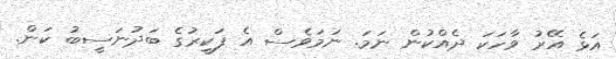
އަޅެ އޭރު ވާހަކަ ދެއްކުން ނަމަ. ނަމަވެސް އެ ފަކީރުގެ ބަދުނަސީބު ކަން.